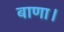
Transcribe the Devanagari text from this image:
बाणा।